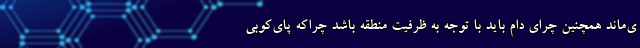
ی‌ماند همچنین چرای دام باید با توجه به ظرفیت منطقه باشد چراکه پای‌کوبی